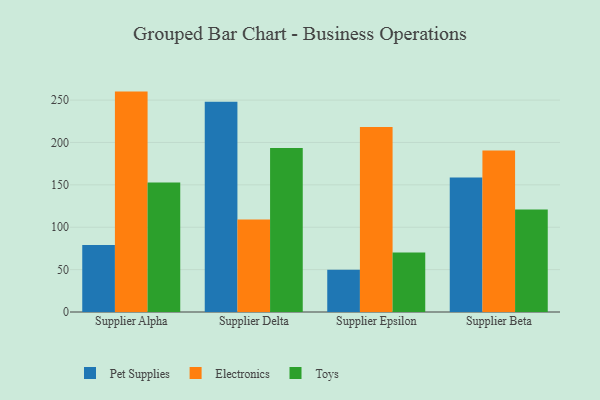
{"axis": {"x": "Supplier", "y": "Population (Million)"}, "legend": ["Electronics", "Pet Supplies", "Toys"], "data": [{"x": "Supplier Alpha", "y": 79.1, "type": "Pet Supplies"}, {"x": "Supplier Alpha", "y": 260.0, "type": "Electronics"}, {"x": "Supplier Alpha", "y": 152.7, "type": "Toys"}, {"x": "Supplier Delta", "y": 248.1, "type": "Pet Supplies"}, {"x": "Supplier Delta", "y": 109.2, "type": "Electronics"}, {"x": "Supplier Delta", "y": 193.6, "type": "Toys"}, {"x": "Supplier Epsilon", "y": 49.9, "type": "Pet Supplies"}, {"x": "Supplier Epsilon", "y": 218.1, "type": "Electronics"}, {"x": "Supplier Epsilon", "y": 70.1, "type": "Toys"}, {"x": "Supplier Beta", "y": 158.8, "type": "Pet Supplies"}, {"x": "Supplier Beta", "y": 190.6, "type": "Electronics"}, {"x": "Supplier Beta", "y": 120.8, "type": "Toys"}]}